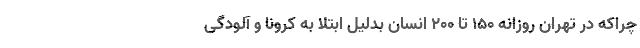
چراکه در تهران روزانه ۱۵۰ تا ۲۰۰ انسان بدلیل ابتلا به کرونا و آلودگی